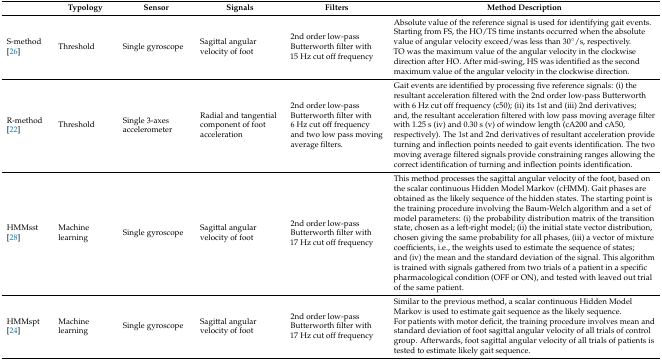
<table><thead><tr><td>[EMPTY_CELL]</td><td><b>Typology</b></td><td><b>Sensor</b></td><td><b>Signals</b></td><td><b>Filters</b></td><td><b>Method Description</b></td></tr></thead><tbody><tr><td>S-method[26]</td><td>Threshold</td><td>Single gyroscope</td><td>Sagittal angular velocity of foot</td><td>2nd order low-pass Butterworth filter with 15 Hz cut off frequency</td><td>Absolute value of the reference signal is used for identifying gait events. Starting from FS, the HO/TS time instants occurred when the absolute value of angular velocity exceed/was less than 30°/s, respectively. TO was the maximum value of the angular velocity in the clockwise direction after HO. After mid-swing, HS was identified as the second maximum value of the angular velocity in the clockwise direction.</td></tr><tr><td>R-method[22]</td><td>Threshold</td><td>Single 3-axes accelerometer</td><td>Radial and tangential component of foot acceleration </td><td>2nd order low-pass Butterworth filter with 6 Hz cut off frequency and two low pass moving average filters.</td><td>Gait events are identified by processing five reference signals: (i) the resultant acceleration filtered with the 2nd order low-pass Butterworth with 6 Hz cut off frequency (c50); (ii) its 1st and (iii) 2nd derivatives; and, the resultant acceleration filtered with low pass moving average filter with 1.25 s (iv) and 0.30 s (v) of window length (cA200 and cA50, respectively). The 1st and 2nd derivatives of resultant acceleration provide turning and inflection points needed to gait events identification. The two moving average filtered signals provide constraining ranges allowing the correct identification of turning and inflection points identification.</td></tr><tr><td>HMMsst[28]</td><td>Machine learning</td><td>Single gyroscope</td><td>Sagittal angular velocity of foot</td><td>2nd order low-pass Butterworth filter with 17 Hz cut off frequency</td><td>This method processes the sagittal angular velocity of the foot, based on the scalar continuous Hidden Model Markov (cHMM). Gait phases are obtained as the likely sequence of the hidden states. The starting point is the training procedure involving the Baum-Welch algorithm and a set of model parameters: (i) the probability distribution matrix of the transition state, chosen as a left-right model; (ii) the initial state vector distribution, chosen giving the same probability for all phases, (iii) a vector of mixture coefficients, i.e., the weights used to estimate the sequence of states; and (iv) the mean and the standard deviation of the signal. This algorithm is trained with signals gathered from two trials of a patient in a specific pharmacological condition (OFF or ON), and tested with leaved out trial of the same patient.</td></tr><tr><td>HMMspt[24]</td><td>Machine learning</td><td>Single gyroscope</td><td>Sagittal angular velocity of foot</td><td>2nd order low-pass Butterworth filter with 17 Hz cut off frequency</td><td>Similar to the previous method, a scalar continuous Hidden Model Markov is used to estimate gait sequence as the likely sequence. For patients with motor deficit, the training procedure involves mean and standard deviation of foot sagittal angular velocity of all trials of control group. Afterwards, foot sagittal angular velocity of all trials of patients is tested to estimate likely gait sequence.</td></tr></tbody></table>